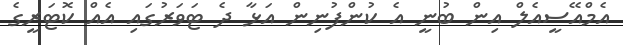
އެމްއޭސީއެލް އިން ބުނީ އެ ކުންފުނިން އަޅާ ދެ ޓަވަރުގައި އެއް ކޮޓަރީގެ